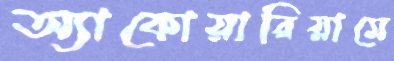
অ্যাকোয়ারিয়ামে